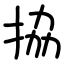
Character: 拹